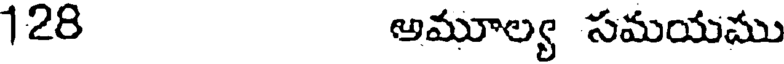
128 అమూల్య సమయము